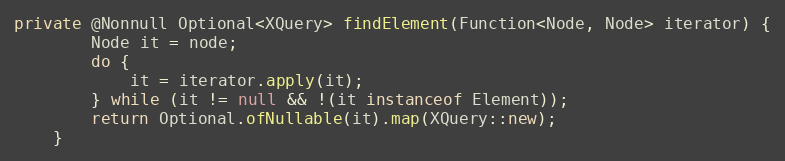
Language: Java
private @Nonnull Optional<XQuery> findElement(Function<Node, Node> iterator) {
        Node it = node;
        do {
            it = iterator.apply(it);
        } while (it != null && !(it instanceof Element));
        return Optional.ofNullable(it).map(XQuery::new);
    }